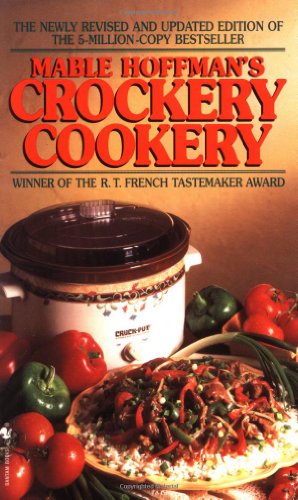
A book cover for Mable Hoffman's Crockery Cookery; Mable Hoffman; Cookbooks, Food & Wine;